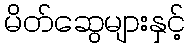
မိတ်ဆွေများနှင့်